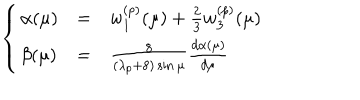
\left\{ \begin{array} { l l l } { { \alpha ( \mu ) } } & { { = } } & { { w _ { 1 } ^ { ( p ) } ( \mu ) + \frac { 2 } { 3 } w _ { 3 } ^ { ( p ) } ( \mu ) } } \\ { { \beta ( \mu ) } } & { { = } } & { { \frac { 8 } { ( \lambda _ { p } + 8 ) \sin \mu } \frac { d \alpha ( \mu ) } { d \mu } } } \\ \end{array} \right.